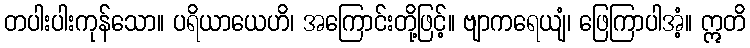
တပါးပါးကုန်သော။ ပရိယာယေဟိ၊ အကြောင်းတို့ဖြင့်။ ဗျာကရေယျံ၊ ဖြေကြာပါအံ့။ ဣတိ